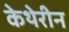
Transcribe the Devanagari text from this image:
केथेरीन